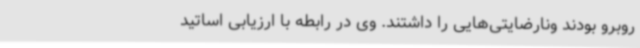
روبرو بودند ونارضایتی‌هایی را داشتند. وی در رابطه با ارزیابی اساتید